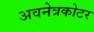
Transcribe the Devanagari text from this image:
अवनेत्रकोटर